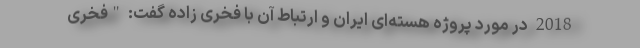
2018 در مورد پروژه هسته‌ای ایران و ارتباط آن با فخری زاده گفت: "فخری